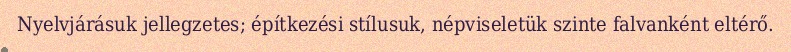
Nyelvjárásuk jellegzetes; építkezési stílusuk, népviseletük szinte falvanként eltérő.